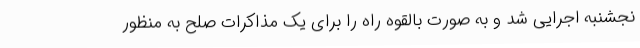
نجشنبه اجرایی شد و به صورت بالقوه راه را برای یک مذاکرات صلح به منظور